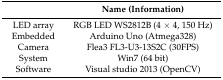
|  | Name (Information) |
 | --- | --- |
 | LED array | RGB LED WS2812B (4 × 4, 150 Hz) |
 | Embedded | Arduino Uno (Atmega328) |
 | Camera | Flea3 FL3-U3-13S2C (30FPS) |
 | System | Win7 (64 bit) |
 | Software | Visual studio 2013 (OpenCV) |